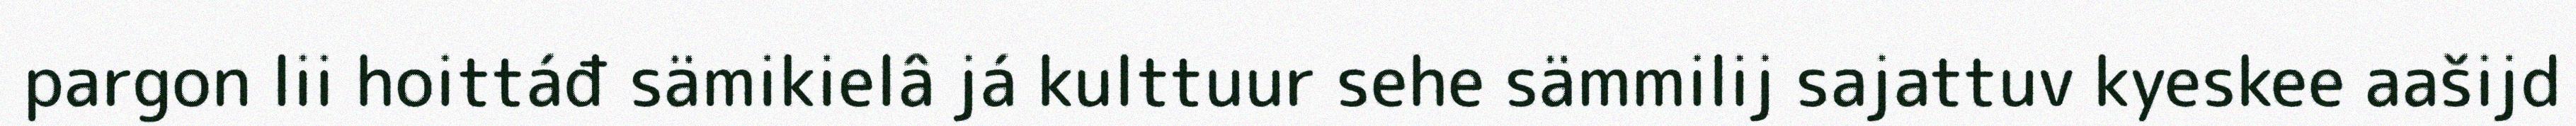
pargon lii hoittáđ sämikielâ já kulttuur sehe sämmilij sajattuv kyeskee aašijd